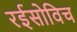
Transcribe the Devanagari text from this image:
रईसोविच